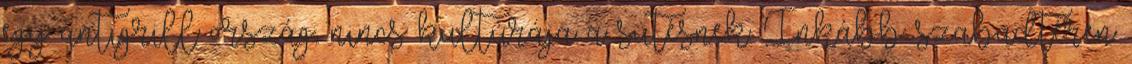
egy antigrill ország, nincs kultúrája a sütésnek. Inkább szabadtéren